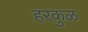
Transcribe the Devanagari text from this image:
हरकुळ